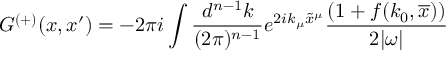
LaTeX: G ^ { ( + ) } ( x , x ^ { \prime } ) = - 2 \pi i \int \frac { d ^ { n - 1 } k } { ( 2 \pi ) ^ { n - 1 } } e ^ { 2 i k _ { \mu } \tilde { x } ^ { \mu } } \frac { ( 1 + f ( k _ { 0 } , \overline { { x } } ) ) } { 2 | \omega | }